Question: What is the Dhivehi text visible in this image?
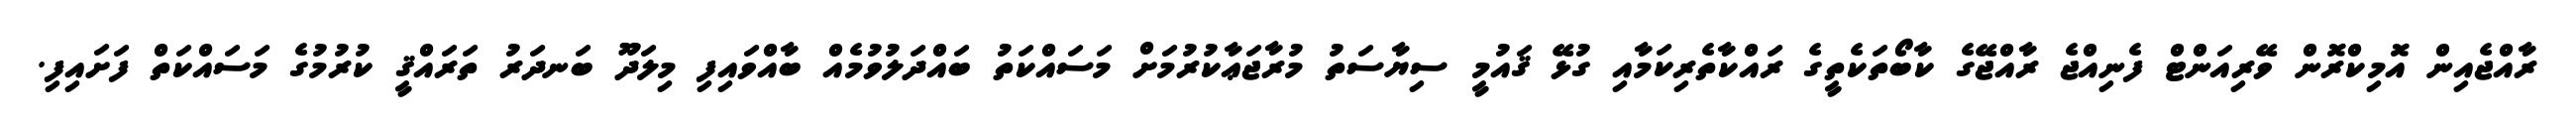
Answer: ރާއްޖެއިން އޮމިކްރޮން ވޭރިއަންޓް ފެނިއްޖެ ރާއްޖޭގެ ކާބޯތަކެތީގެ ރައްކާތެރިކަމާއި ގުޅޭ ޤައުމީ ސިޔާސަތު މުރާޖަޢާކުރުމަށް މަސައްކަތު ބައްދަލުވުމެއް ބާއްވައިފި މިލަދޫ ބަނދަރު ތަރައްޤީ ކުރުމުގެ މަސައްކަތް ފަށައިފި.